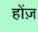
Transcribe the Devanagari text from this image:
होंज़